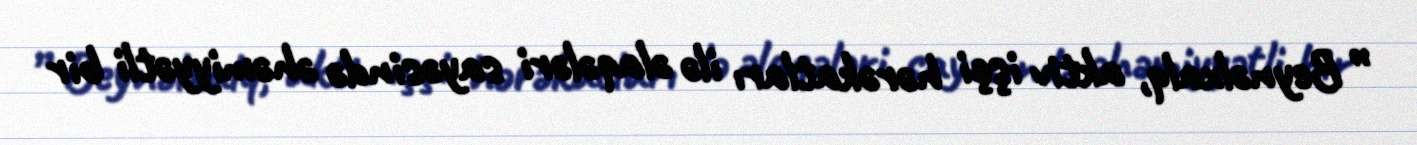
” Beynəlxalq, aktiv işçi hərəkatları ilə əlaqələri sayəsində əhəmiyyətli bir